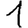
Digit: 1